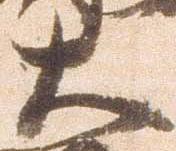
大